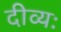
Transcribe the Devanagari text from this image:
दीव्यः